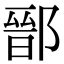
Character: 鄑